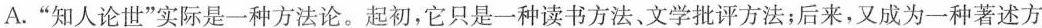
A.”知人论世”实际是一种方法论。起初，它只是一种读书方法、文学批评方法；后来，又成为一种著述方